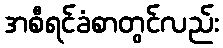
အစီရင်ခံစာတွင်လည်း